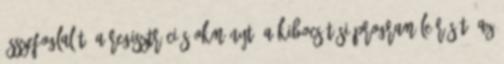
összefoglalót, a regisztrációs okmányt, a kibocsátási program leírását, az